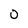
Character: 0